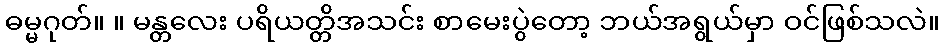
ဓမ္မဂုတ်။ ။ မန္တလေး ပရိယတ္တိအသင်း စာမေးပွဲတော့ ဘယ်အရွယ်မှာ ဝင်ဖြစ်သလဲ။